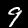
Label: 9